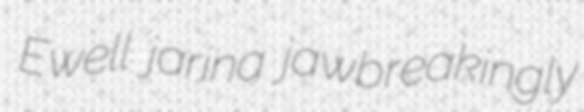
Ewell jarina jawbreakingly